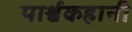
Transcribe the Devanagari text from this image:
पार्श्वकहानी